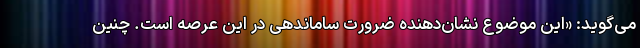
می‌گوید: «این موضوع نشان‌دهنده ضرورت ساماندهی در این عرصه است. چنین